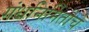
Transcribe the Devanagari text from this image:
गंधनिर्मितीचे